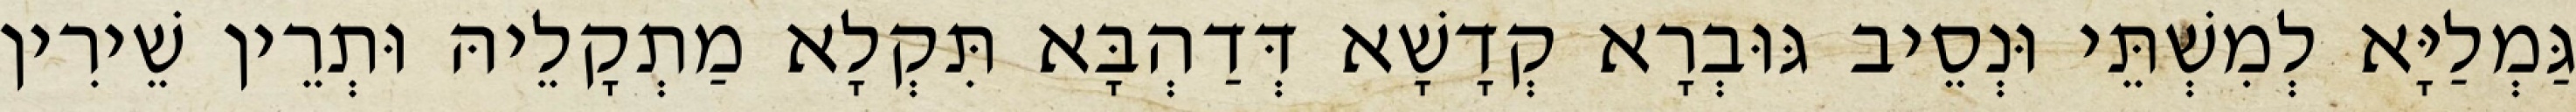
גַּמְלַיָּא לְמִשְׁתֵּי וּנְסֵיב גּוּבְרָא קְדָשָׁא דְּדַהְבָּא תִּקְלָא מַתְקָלֵיהּ וּתְרֵין שֵׁירִין